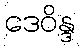
ဒေဝိန္ဒ